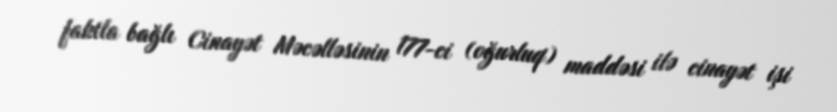
faktla bağlı Cinayət Məcəlləsinin 177-ci (oğurluq) maddəsi ilə cinayət işi